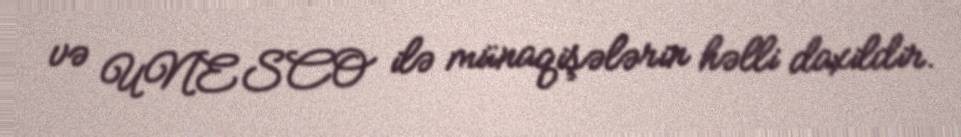
və UNESCO ilə münaqişələrin həlli daxildir.